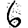
Digit: 6